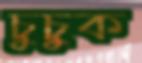
চুচুক